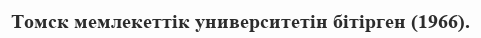
Томск мемлекеттік университетін бітірген (1966).